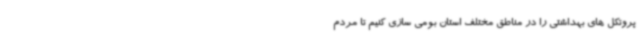
پروتکل های بهداشتی را در مناطق مختلف استان بومی سازی کنیم تا مردم